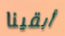
أبقينا